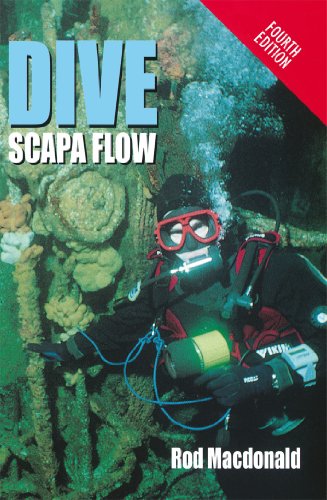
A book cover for Dive Scapa Flow; Rod MacDonald; Sports & Outdoors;